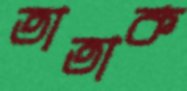
তাতাক